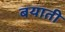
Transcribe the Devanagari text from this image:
बयाती